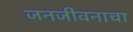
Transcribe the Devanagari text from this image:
जनजीवनाचा